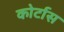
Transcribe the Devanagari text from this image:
कोर्टास